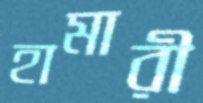
হামারী